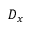
D _ { x }